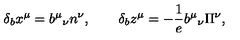
\qquad \delta _ { b } x ^ { \mu } = b ^ { \mu } { } _ { \nu } n ^ { \nu } , \qquad \delta _ { b } z ^ { \mu } = - \frac 1 { e } b ^ { \mu } { } _ { \nu } \Pi ^ { \nu } ,